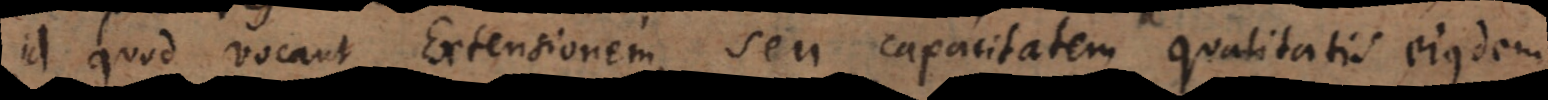
id quod vocant Extensionem, seu capacitatem qualitatis ejusdem.